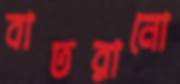
বাতরানো